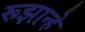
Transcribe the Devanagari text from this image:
रूझान्हे